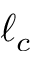
\ell _ { c }